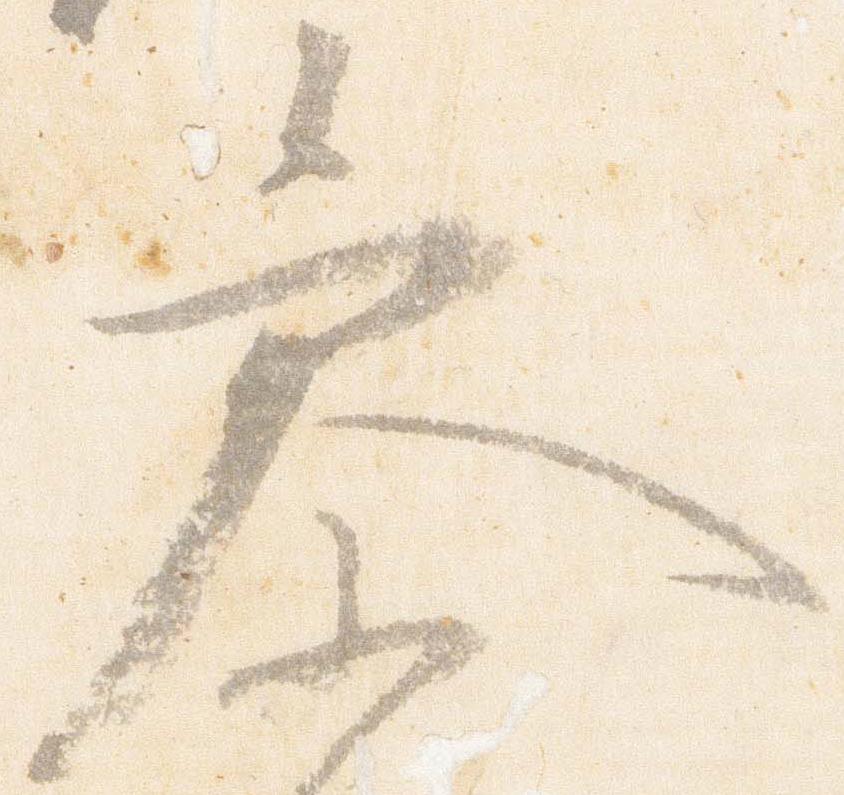
参